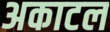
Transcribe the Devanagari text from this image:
अकाटल